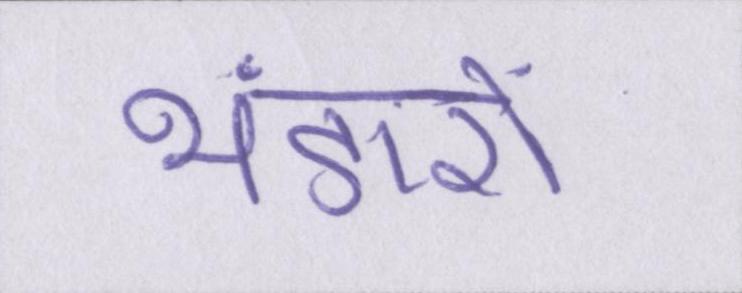
भंडारों